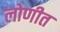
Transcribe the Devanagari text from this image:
लोणीत